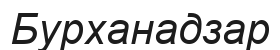
Бурханадзар